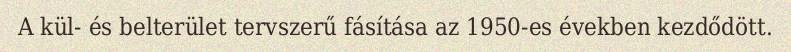
A kül- és belterület tervszerű fásítása az 1950-es években kezdődött.